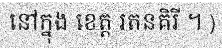
នៅក្នុង ខេត្ត រតនគិរី ។ )